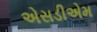
એસડીએમ